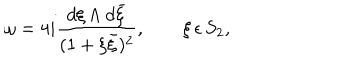
LaTeX: \omega = 4 i \frac { d \xi \wedge d \bar { \xi } } { ( 1 + \xi \bar { \xi } ) ^ { 2 } } , \qquad \xi \, \epsilon \, S _ { 2 } ,